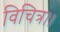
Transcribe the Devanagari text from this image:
विचित्र।।